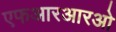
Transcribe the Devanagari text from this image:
एफआरआरओ